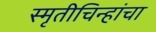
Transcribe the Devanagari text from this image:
स्मृतीचिन्हांचा